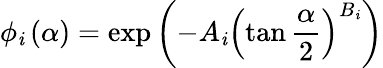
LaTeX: \phi_{\mathit{i}}\left(\alpha\right)=\exp{\left(-A_{\mathit{i}}\left(\tan{\frac{{\alpha}}{{2}}}\right)^{B_{\mathit{i}}}\right)}